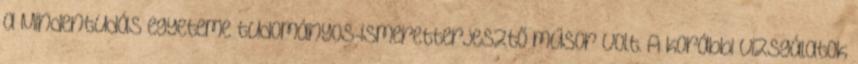
a Mindentudás egyeteme tudományos-ismeretterjesztő műsor volt. A korábbi vizsgálatok